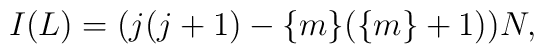
I(L) = (j(j+1)-\{m\}(\{m\}+1))N,